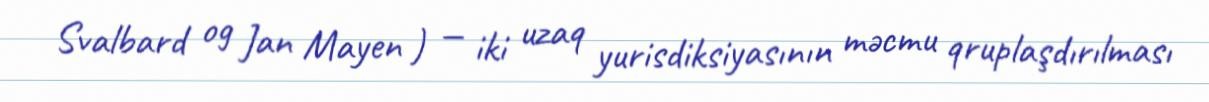
Svalbard og Jan Mayen ) — iki uzaq yurisdiksiyasının məcmu qruplaşdırılması